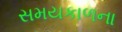
સમયકાળના